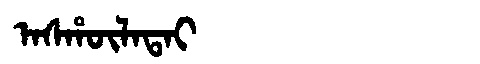
Manchu: ᠠᠰᡥᡡᠯᠠᡨᠠᡳ
Romanization: ASHŪLATAI